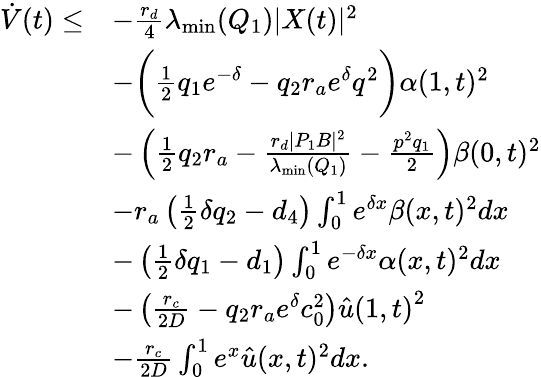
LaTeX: \begin{array}{rl}{\dot{V}(t)\le}&{-\frac{r_{d}}{4}{\lambda_{\mathrm{min}}(Q_{1})}|{X}(t)|^{2}}\\ &{-\bigg(\frac{{1}}{2}q_{1}{e^{-{\delta}}}-q_{2}{r_{a}}{e^{{\delta}}}q^{2}\bigg)\alpha(1,t)^{2}}\\ &{-\left(\frac{1}{2}q_{2}{r_{a}}-\frac{r_{d}|P_{1}B|^{2}}{{\lambda_{\mathrm{min}}(Q_{1})}}-\frac{p^{2}q_{1}}{2}\right)\beta{(0,t)^{2}}}\\ &{-r_{a}\left(\frac{1}{2}{\delta}q_{2}-d_{4}\right)\int_{0}^{1}{{e^{{\delta}x}}}\beta{(x,t)^{2}}dx}\\ &{-\left(\frac{1}{2}{\delta}q_{1}-d_{1}\right)\int_{0}^{1}{{e^{-{\delta}x}}}\alpha{(x,t)^{2}}dx}\\ &{-\left(\frac{{r_{c}}}{2D}-q_{2}{r_{a}}{e^{{\delta}}}c_{0}^{2}\right)\hat{u}{(1,t)}^{2}}\\ &{-\frac{{r_{c}}}{2D}\int_{0}^{1}{{e^{x}}}\hat{u}{(x,t)^{2}}dx.}\end{array}